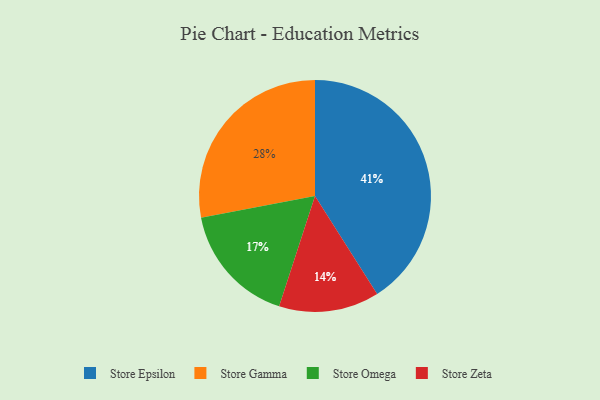
{"axis": {"x": "Category", "y": "Percentage"}, "legend": ["Store Epsilon", "Store Gamma", "Store Omega", "Store Zeta"], "data": [{"x": "Store Omega", "y": 17, "type": "Store Omega"}, {"x": "Store Epsilon", "y": 41, "type": "Store Epsilon"}, {"x": "Store Gamma", "y": 28, "type": "Store Gamma"}, {"x": "Store Zeta", "y": 14, "type": "Store Zeta"}]}